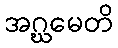
အဂ္ဃမေတိ